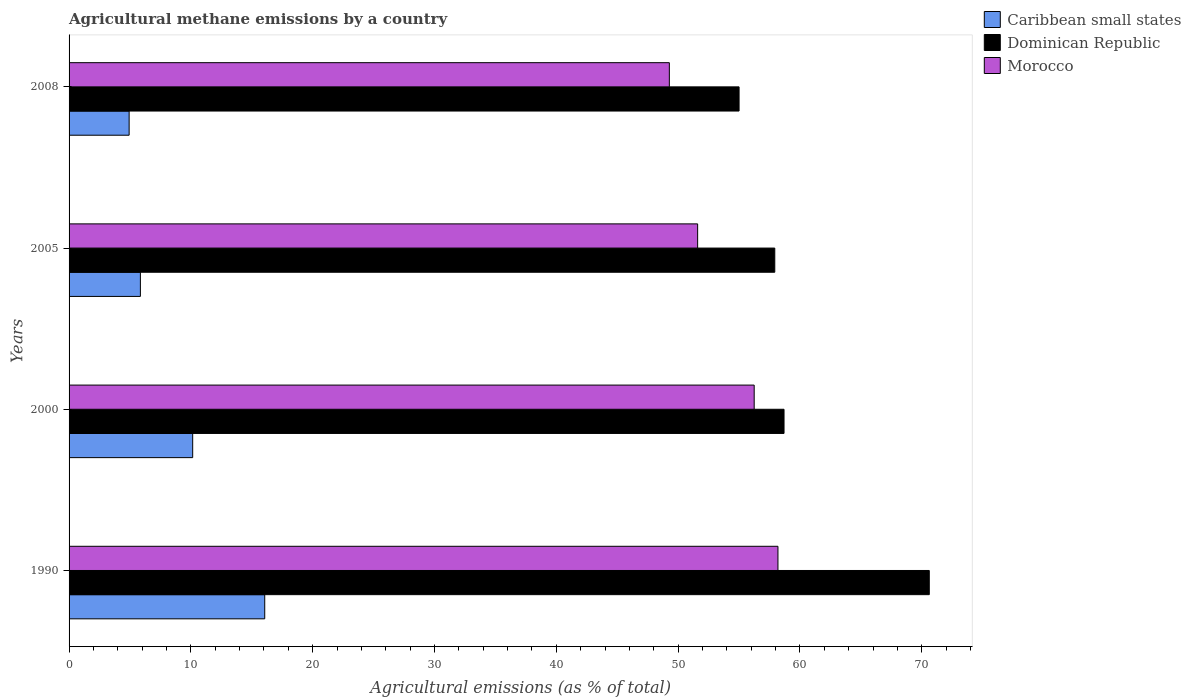
| Years | Caribbean small states | Dominican Republic | Morocco |
 | --- | --- | --- | --- |
 | 1990 | 16.1 | 70.6 | 58.2 |
 | 2000 | 10.1 | 58.7 | 56.2 |
 | 2005 | 5.85 | 57.9 | 51.6 |
 | 2008 | 4.93 | 55 | 49.3 |